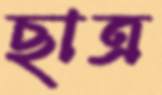
ছাত্র